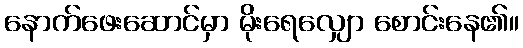
နောက်ဖေးဆောင်မှာ မိုးရေလျှော စောင်းနေ၏။